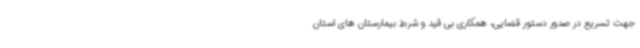
جهت تسریع در صدور دستور قضایی، همکاری بی قید و شرط بیمارستان های استان